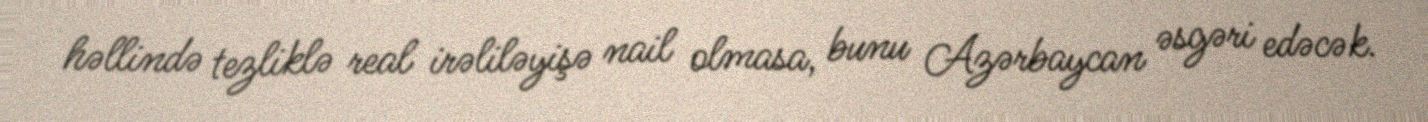
həllində tezliklə real irəliləyişə nail olmasa, bunu Azərbaycan əsgəri edəcək.